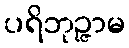
ပရိဘုဉ္ဇာမ